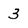
Character: 3